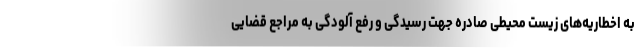
به اخطاریه‌های زیست محیطی صادره جهت رسیدگی و رفع آلودگی به مراجع قضایی